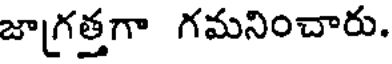
జా[గత్తగా గమనించారు.